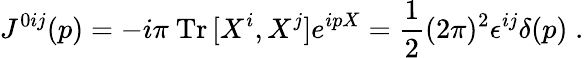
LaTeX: J^{0ij}(p)=-i\pi~\mathrm{Tr}\, [X^{i},X^{j}]e^{ipX}=\frac{1}{2}(2\pi)^{2}\epsilon^{ij}\delta(p)\; .